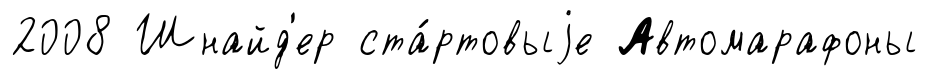
2008 Шнайд'ер ста́ртовыjе Автомарафоны